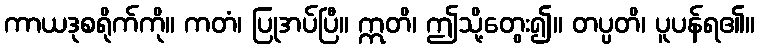
ကာယဒုစရိုက်ကို။ ကတံ၊ ပြုအပ်ပြီ။ ဣတိ၊ ဤသို့တွေး၍။ တပ္ပတိ၊ ပူပန်ရ၏။